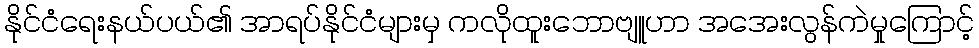
နိုင်ငံရေးနယ်ပယ်၏ အာရပ်နိုင်ငံများမှ ကလိုထူးဘောဗျူဟာ အအေးလွန်ကဲမှုကြောင့်